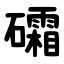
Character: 礵